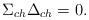
LaTeX: \begin{align*}\Sigma _{ch}\Delta _{ch}=0.\end{align*}